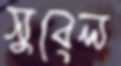
সুবেল